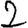
Digit: 2